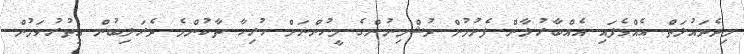
މިދެދައުލަތް އެއްވެފައި އެއްބާރުލާން ފެށުމުން ދުޝްމިނުންގެ މީހުންނަށް ހުރިހާ ތާކުންމެ ދެރަލިބުން އިތުރުވަމުން